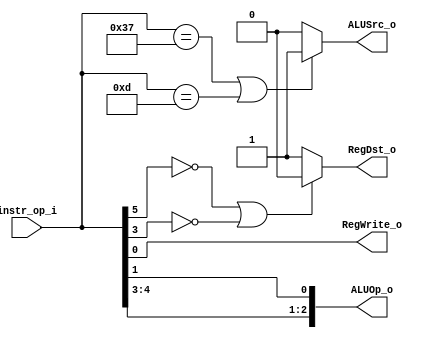
module Decoder( instr_op_i, RegWrite_o,	ALUOp_o, ALUSrc_o, RegDst_o );
   //                          ok         ok        ok        ok      
//I/O ports
input	[6-1:0] instr_op_i;

output	[3-1:0] ALUOp_o;//3-bit decided by instr_op_i!!
output			ALUSrc_o;
output			RegWrite_o;
output			RegDst_o;
 
//Internal Signals
wire	[3-1:0] ALUOp_o;
wire			ALUSrc_o;
wire			RegWrite_o;
wire			RegDst_o;
//Main function
/*your code here*/
assign RegWrite_o = instr_op_i[0];
assign RegDst_o = (instr_op_i[5] == 0 || instr_op_i[3] == 0)?0:1;
assign ALUSrc_o = (instr_op_i == 6'b110111 || instr_op_i == 6'b001101)?1:0;
                    //OP_ADDI  = 6'b110111       OP_ORI   = 6'b001101;
assign ALUOp_o[2] = instr_op_i[4];
assign ALUOp_o[1] = instr_op_i[3];
assign ALUOp_o[0] = instr_op_i[1];

endmodule